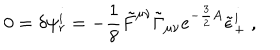
0 = \delta \psi _ { r } ^ { i } = - { \frac { 1 } { 8 } } \tilde { F } ^ { \mu \nu } \tilde { \Gamma } _ { \mu \nu } e ^ { - { \frac { 3 } { 2 } } A } \tilde { \epsilon } _ { + } ^ { i } \ ,